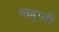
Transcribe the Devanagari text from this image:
क्लृप्ती